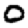
Digit: 0